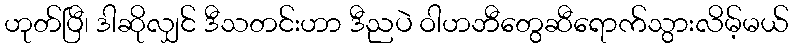
ဟုတ်ပြီ၊ ဒါဆိုလျှင် ဒီသတင်းဟာ ဒီညပဲ ဝါဟဘီတွေဆီရောက်သွားလိမ့်မယ်